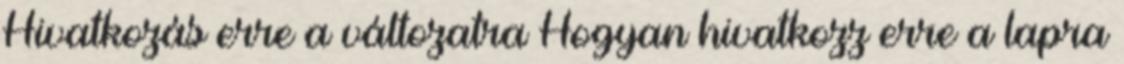
Hivatkozás erre a változatra Hogyan hivatkozz erre a lapra